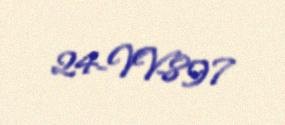
24-VV-897